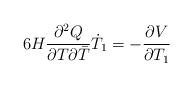
\begin{align*}6 H \frac{\partial^2 Q}{\partial T \partial {\bar{T}}}\dot{T}_1=-\frac{\partial V}{\partial T_1}\end{align*}